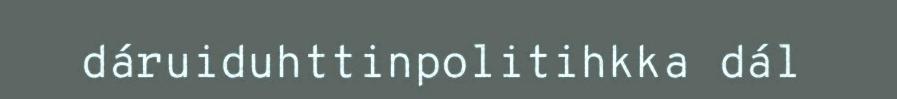
dáruiduhttinpolitihkka dál